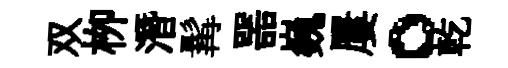
双栁潛髯噐巍屢。乾